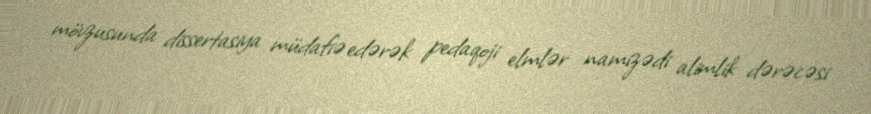
mövzusunda dissertasiya müdafiə edərək pedaqoji elmlər namizədi alimlik dərəcəsi